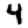
Digit: 4